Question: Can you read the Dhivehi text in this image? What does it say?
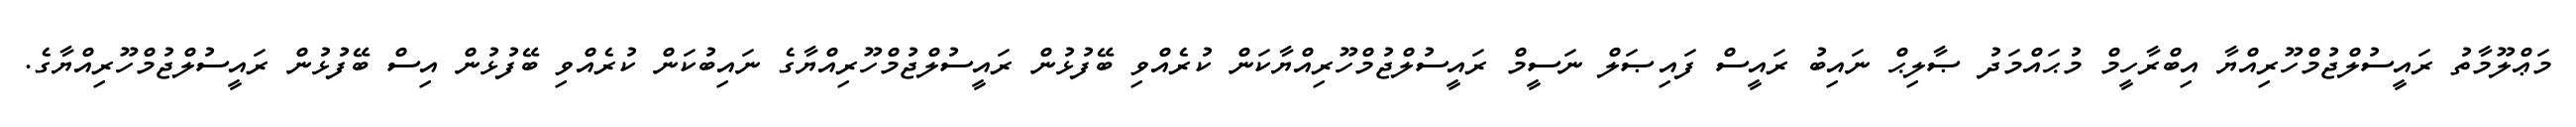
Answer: މަޢްލޫމާތު ރައީސުލްޖުމްހޫރިއްޔާ އިބްރާހީމް މުޙައްމަދު ޞާލިޙް ނައިބު ރައީސް ފައިޞަލް ނަސީމް ރައީސުލްޖުމްހޫރިއްޔާކަން ކުރެއްވި ބޭފުޅުން ރައީސުލްޖުމްހޫރިއްޔާގެ ނައިބުކަން ކުރެއްވި ބޭފުޅުން އިސް ބޭފުޅުން ރައީސުލްޖުމްހޫރިއްޔާގެ.